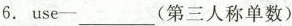
6. use-___(第三人称单数)